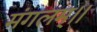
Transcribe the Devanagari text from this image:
मंगलम्।।